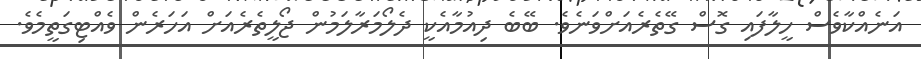
އަނެއްކާވެސް ހީލާފައި ގޮސް ގޭތެރެއަށްވަނެވެ. ބޭބެ ދިއުމާއެކީ ދެލޯމަރާލަމުން ޖޯލީތެރެއަށް އަހަރެން ވެއްޓިގަތީމެވެ.